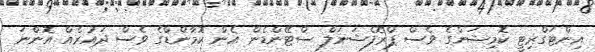
އިންޓަގްރިޓީ ކޮމިޝަންގެ ވެސް ޕްރޮފެޝަނަލް ސްޓޭންޑެން އެން ކޮމާންޑްގެ ވެސް ދައުރެއް އޮންނަ